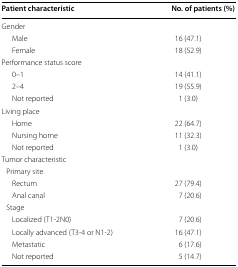
| Patient characteristic | No. of patients (%) |
 | --- | --- |
 | <COLSPAN=2> Gender |
 | Male | 16 (47.1) |
 | Female | 18 (52.9) |
 | <COLSPAN=2> Performance status score |
 | 0–1 | 14 (41.1) |
 | 2–4 | 19 (55.9) |
 | Not reported | 1 (3.0) |
 | <COLSPAN=2> Living place |
 | Home | 22 (64.7) |
 | Nursing home | 11 (32.3) |
 | Not reported | 1 (3.0) |
 | <COLSPAN=2> Tumor characteristic |
 | <COLSPAN=2> Primary site |
 | Rectum | 27 (79.4) |
 | Anal canal | 7 (20.6) |
 | <COLSPAN=2> Stage |
 | Localized (T1-2N0) | 7 (20.6) |
 | Locally advanced (T3-4 or N1-2) | 16 (47.1) |
 | Metastatic | 6 (17.6) |
 | Not reported | 5 (14.7) |